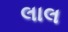
લાલ